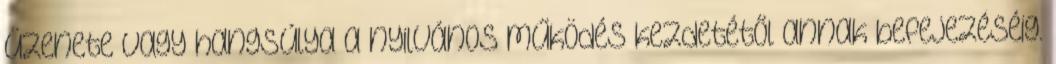
üzenete vagy hangsúlya a nyilvános működés kezdetétől annak befejezéséig.